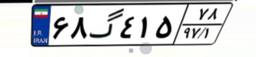
۶۸گ۴۱۵۷۸